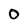
Character: O